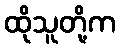
ထိုသူတို့က